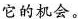
它的机会。